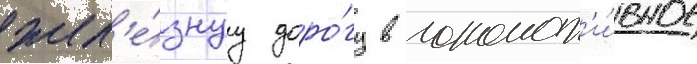
жел'е́знуу доро́гу в локомот'и́вное